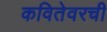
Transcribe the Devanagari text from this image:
कवितेवरची